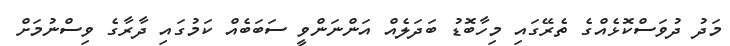
މަދު ދުވަސްކޮޅެއްގެ ތެރޭގައި މިހާބޮޑު ބަދަލެއް އަންނަންވީ ސަބަބެއް ކަމުގައި ދާރާގެ ވިސްނުމަށް